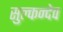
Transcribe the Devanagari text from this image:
सुल्कन्देव